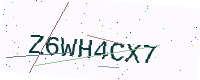
Text: Z6WH4CX7